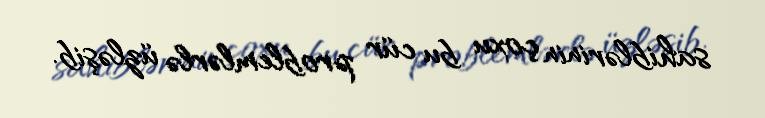
sahiblərinin çoxu bu cür problemlərlə üzləşib.